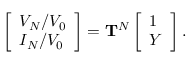
\begin{array} { r } { \left[ \begin{array} { l } { V _ { N } / V _ { 0 } } \\ { I _ { N } / V _ { 0 } } \end{array} \right] = \mathbf { T } ^ { N } \left[ \begin{array} { l } { 1 } \\ { Y } \end{array} \right] . } \end{array}